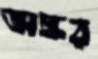
অঙ্কর